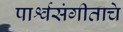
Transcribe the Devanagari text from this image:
पार्श्वसंगीताचे